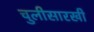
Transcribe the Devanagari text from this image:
चुलीसारखी